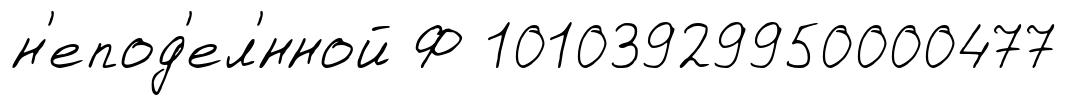
н'епод'ел'́нной Ф 10103929950000477